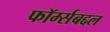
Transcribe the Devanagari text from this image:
फॉर्म्सबद्दल